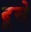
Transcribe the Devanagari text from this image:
दूसे